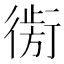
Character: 𰳮